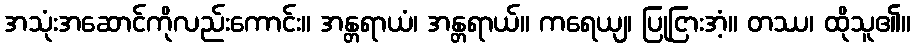
အသုံးအဆောင်ကိုလည်းကောင်း။ အန္တရာယံ၊ အန္တရာယ်။ ကရေယျ၊ ပြုငြားအံ့။ တဿ၊ ထိုသူ၏။